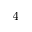
^ { 4 }